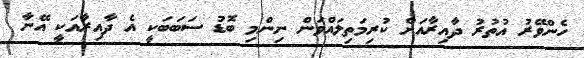
ހެންވޭރު އުތުރު ދާއިރާއަށް ކުރިމަތިލައްވަން ނިންމި ބޮޑު ސަބަބަކީ އެ ދާއިރާއަކީ އޭނާ